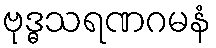
ဗုဒ္ဓသရဏဂမနံ